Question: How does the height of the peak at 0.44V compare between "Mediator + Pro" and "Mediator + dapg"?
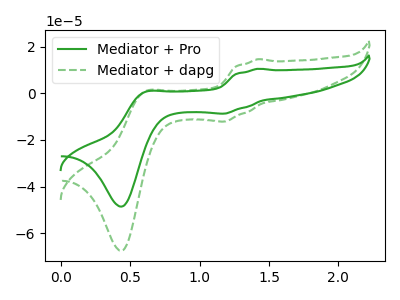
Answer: <think>The green curve "Mediator + Pro" has anodic peaks at (1.40V, 10.55uA) (0.60V, 0.55uA) and cathodic peaks at (1.20V, -8.70uA) (0.45V, -48.55uA). The green dashed curve "Mediator + dapg" has anodic peaks at (1.40V, 14.65uA) (0.60V, 0.75uA) and cathodic peaks at (1.20V, -12.10uA) (0.45V, -67.50uA).</think>
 <answer>The peak at 0.44V is lower in "Mediator + Pro" than in "Mediator + dapg".</answer>
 <eval>lower</eval>